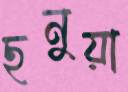
ছনুয়া